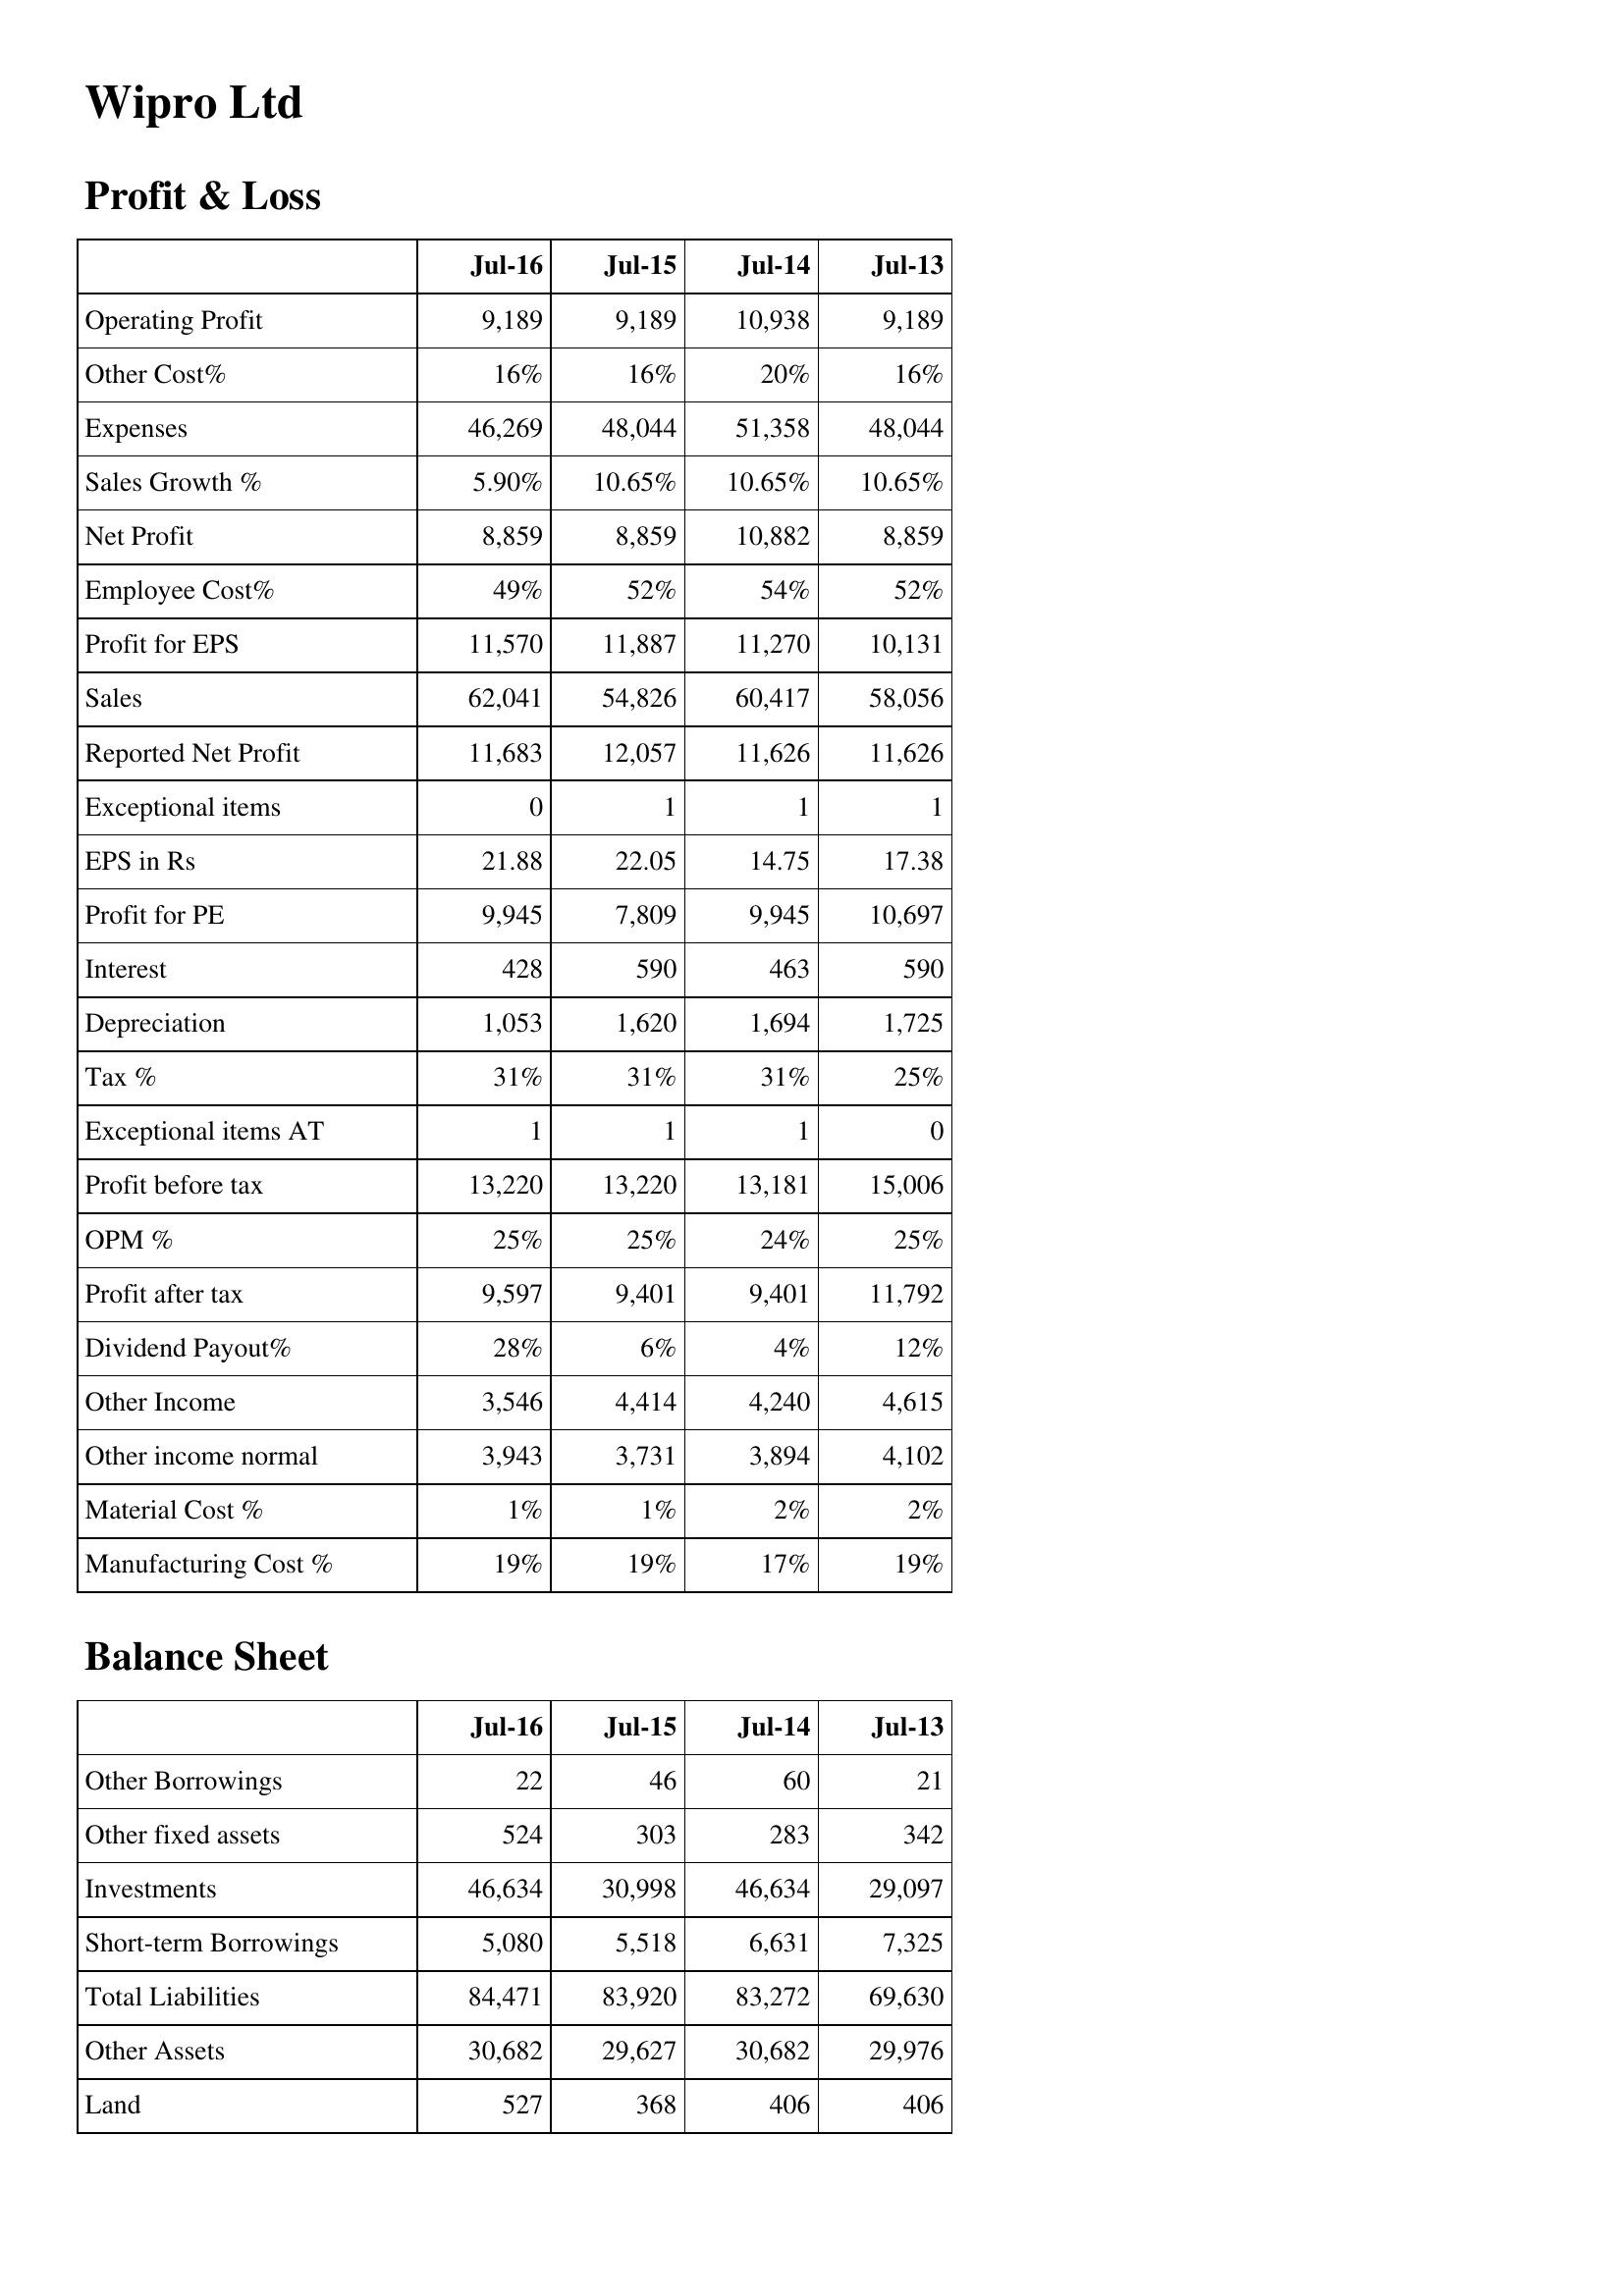
Jul-16: Profit & Loss: Operating Profit: 9,189
Other Cost%: 16%
Expenses: 46,269
Sales Growth %: 5.90%
Net Profit: 8,859
Employee Cost%: 49%
Profit for EPS: 11,570
Sales: 62,041
Reported Net Profit: 11,683
Exceptional items: 0
EPS in Rs: 21.88
Profit for PE: 9,945
Interest: 428
Depreciation: 1,053
Tax %: 31%
Exceptional items AT: 1
Profit before tax: 13,220
OPM %: 25%
Profit after tax: 9,597
Dividend Payout%: 28%
Other Income: 3,546
Other income normal: 3,943
Material Cost %: 1%
Manufacturing Cost %: 19%
Balance Sheet: Other Borrowings: 22
Other fixed assets: 524
Investments: 46,634
Short-term Borrowings: 5,080
Total Liabilities: 84,471
Other Assets: 30,682
Land: 527
Jul-15: Profit & Loss: Operating Profit: 9,189
Other Cost%: 16%
Expenses: 48,044
Sales Growth %: 10.65%
Net Profit: 8,859
Employee Cost%: 52%
Profit for EPS: 11,887
Sales: 54,826
Reported Net Profit: 12,057
Exceptional items: 1
EPS in Rs: 22.05
Profit for PE: 7,809
Interest: 590
Depreciation: 1,620
Tax %: 31%
Exceptional items AT: 1
Profit before tax: 13,220
OPM %: 25%
Profit after tax: 9,401
Dividend Payout%: 6%
Other Income: 4,414
Other income normal: 3,731
Material Cost %: 1%
Manufacturing Cost %: 19%
Balance Sheet: Other Borrowings: 46
Other fixed assets: 303
Investments: 30,998
Short-term Borrowings: 5,518
Total Liabilities: 83,920
Other Assets: 29,627
Land: 368
Jul-14: Profit & Loss: Operating Profit: 10,938
Other Cost%: 20%
Expenses: 51,358
Sales Growth %: 10.65%
Net Profit: 10,882
Employee Cost%: 54%
Profit for EPS: 11,270
Sales: 60,417
Reported Net Profit: 11,626
Exceptional items: 1
EPS in Rs: 14.75
Profit for PE: 9,945
Interest: 463
Depreciation: 1,694
Tax %: 31%
Exceptional items AT: 1
Profit before tax: 13,181
OPM %: 24%
Profit after tax: 9,401
Dividend Payout%: 4%
Other Income: 4,240
Other income normal: 3,894
Material Cost %: 2%
Manufacturing Cost %: 17%
Balance Sheet: Other Borrowings: 60
Other fixed assets: 283
Investments: 46,634
Short-term Borrowings: 6,631
Total Liabilities: 83,272
Other Assets: 30,682
Land: 406
Jul-13: Profit & Loss: Operating Profit: 9,189
Other Cost%: 16%
Expenses: 48,044
Sales Growth %: 10.65%
Net Profit: 8,859
Employee Cost%: 52%
Profit for EPS: 10,131
Sales: 58,056
Reported Net Profit: 11,626
Exceptional items: 1
EPS in Rs: 17.38
Profit for PE: 10,697
Interest: 590
Depreciation: 1,725
Tax %: 25%
Exceptional items AT: 0
Profit before tax: 15,006
OPM %: 25%
Profit after tax: 11,792
Dividend Payout%: 12%
Other Income: 4,615
Other income normal: 4,102
Material Cost %: 2%
Manufacturing Cost %: 19%
Balance Sheet: Other Borrowings: 21
Other fixed assets: 342
Investments: 29,097
Short-term Borrowings: 7,325
Total Liabilities: 69,630
Other Assets: 29,976
Land: 406